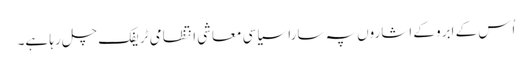
اُس کے ابرو کے اشاروں پہ سارا سیاسی معاشی انتظامی ٹریفک چل رہا ہے۔